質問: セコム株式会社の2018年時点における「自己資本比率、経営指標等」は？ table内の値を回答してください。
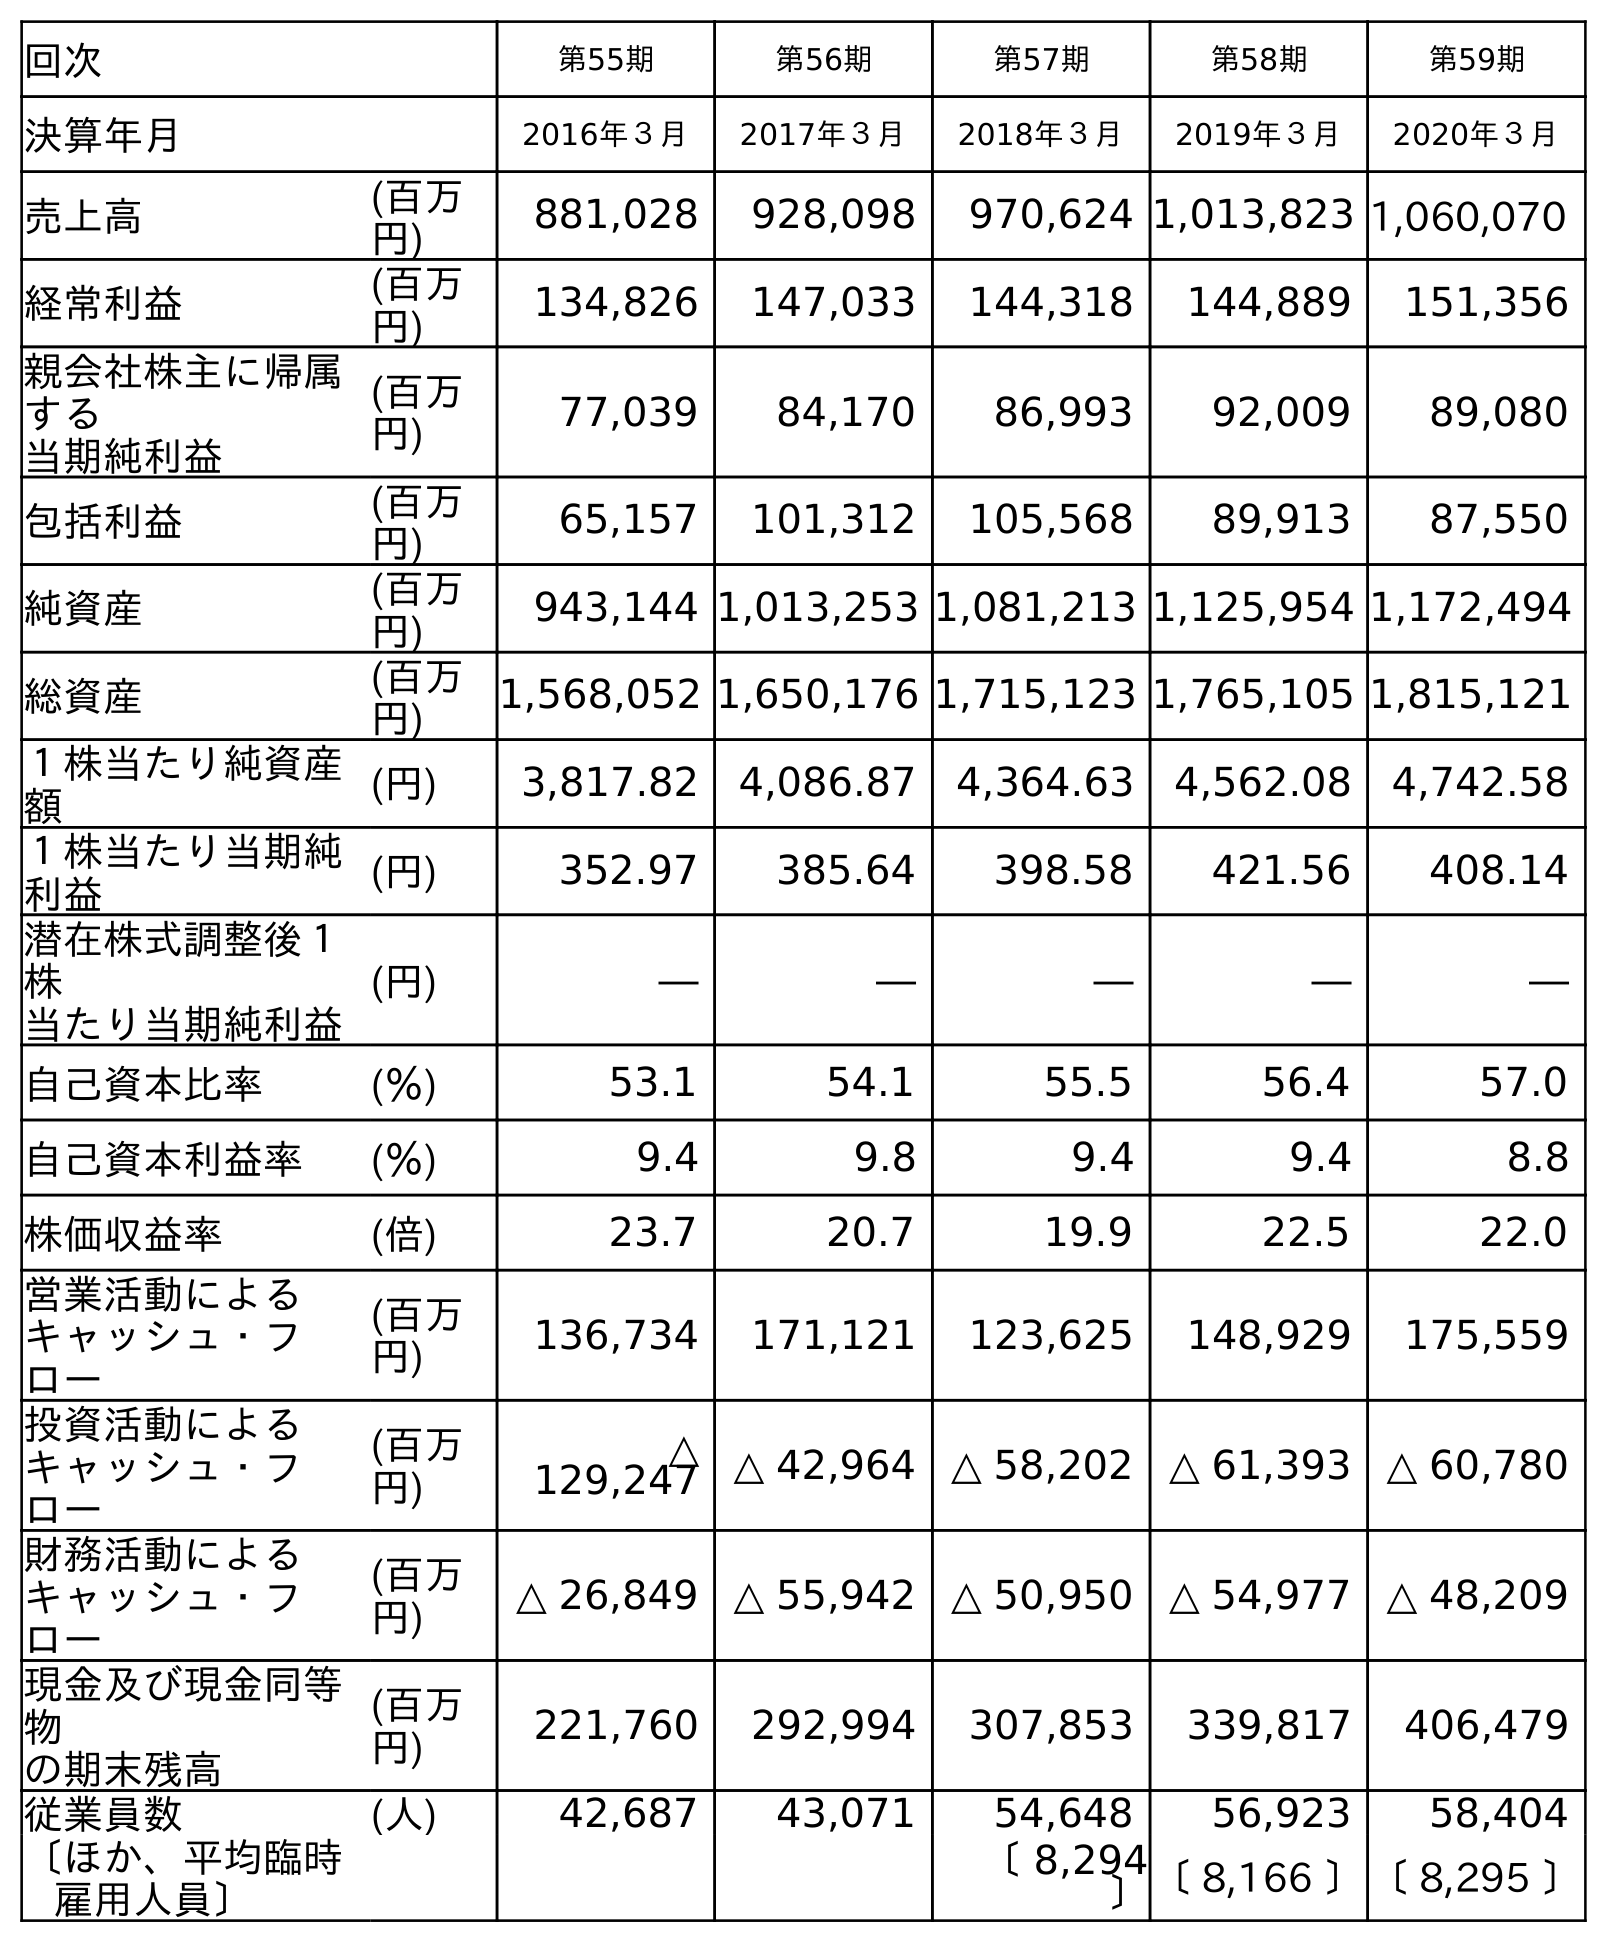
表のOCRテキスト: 回次 第55期 第56期 第57期 第58期 第59期 決算年月 2016年３月 2017年３月 2018年３月 2019年３月 2020年３月 売上高 (百万 円) 881,028 928,098 970,624 1,013,823 1,060,070 経常利益 (百万 円) 134,826 147,033 144,318 144,889 151,356 親会社株主に帰属 する 当期純利益 (百万 円) 77,039 84,170 86,993 92,009 89,080 包括利益 (百万 円) 65,157 101,312 105,568 89,913 87,550 純資産 (百万 円) 943,144 1,013,253 1,081,213 1,125,954 1,172,494 総資産 (百万 円) 1,568,052 1,650,176 1,715,123 1,765,105 1,815,121 １株当たり純資産 額 (円) 3,817.82 4,086.87 4,364.63 4,562.08 4,742.58 １株当たり当期純 利益 (円) 352.97 385.64 398.58 421.56 408.14 潜在株式調整後１ 株 当たり当期純利益 (円) ― ― ― ― ― 自己資本比率 (％) 53.1 54.1 55.5 56.4 57.0 自己資本利益率 (％) 9.4 9.8 9.4 9.4 8.8 株価収益率 (倍) 23.7 20.7 19.9 22.5 22.0 営業活動による キャッシュ・フ ロー (百万 円) 136,734 171,121 123,625 148,929 175,559 投資活動による キャッシュ・フ ロー (百万 円) △ 129,247 △ 42,964 △ 58,202 △ 61,393 △ 60,780 財務活動による キャッシュ・フ ロー (百万 円) △ 26,849 △ 55,942 △ 50,950 △ 54,977 △ 48,209 現金及び現金同等 物 の期末残高 (百万 円) 221,760 292,994 307,853 339,817 406,479 従業員数 (人) 42,687 43,071 54,648 56,923 58,404 〔ほか、平均臨時 雇用人員〕 〔 8,294 〕〔 8,166 〕〔 8,295 〕
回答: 55.5